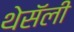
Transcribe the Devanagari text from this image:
थेसॅली